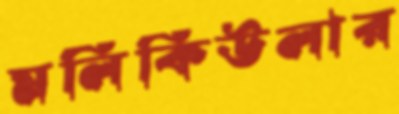
মলিকিউলার